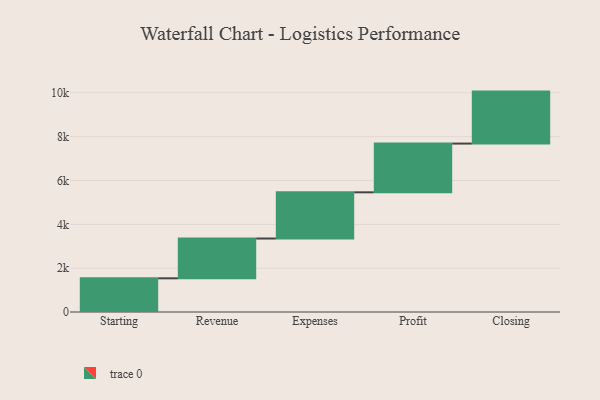
{"axis": {"x": "Step", "y": "Value"}, "legend": [""], "data": [{"x": "Starting", "y": 1537.0, "type": ""}, {"x": "Revenue", "y": 1816.0, "type": ""}, {"x": "Expenses", "y": 2108.0, "type": ""}, {"x": "Profit", "y": 2224.0, "type": ""}, {"x": "Closing", "y": 2372.0, "type": ""}]}